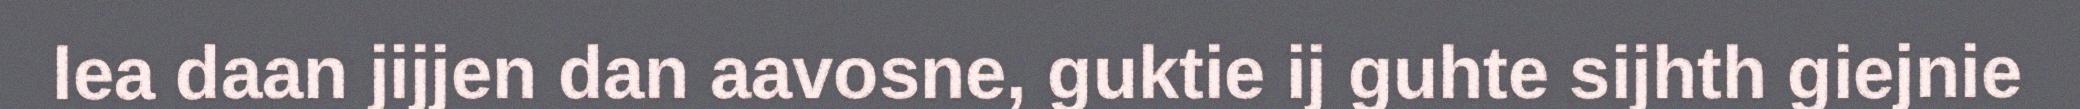
lea daan jijjen dan aavosne, guktie ij guhte sijhth giejnie